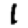
Digit: 1